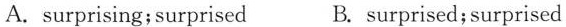
A. surprising;surprised B. surprised;surprised